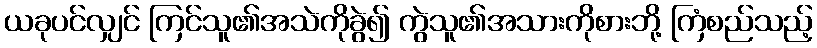
ယခုပင်လျှင် ကြင်သူ၏အသဲကိုခွဲ၍ ကွဲသူ၏အသားကိုစားဘို့ ကြံစည်သည့်